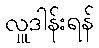
လှူဒါန်းရန်